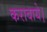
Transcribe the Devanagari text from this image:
करावाये।